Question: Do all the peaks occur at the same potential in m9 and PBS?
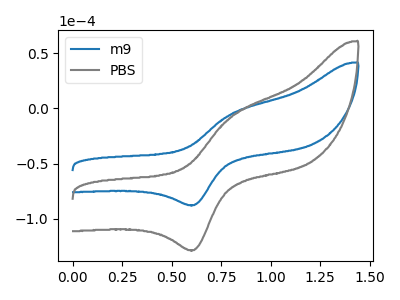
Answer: <think>The blue curve "m9" has an anodic peak at (0.80V, -5.40uA) and a cathodic peak at (0.60V, -87.65uA). The gray curve "PBS" has an anodic peak at (0.80V, -7.90uA) and a cathodic peak at (0.60V, -128.35uA).</think>
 <answer>Yes, "m9" have a peak in "PBS" at the same potential.</answer>
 <eval>match</eval>